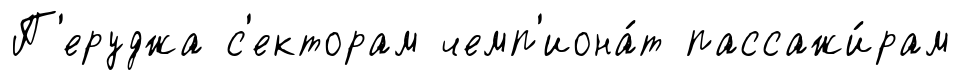
П'еруджа с'екторам чемп'иона́т пассажи́рам